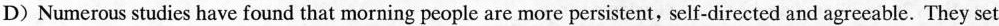
D) Numerous studies have found that morning people are more persistent, self-directed and agreeable. They set